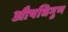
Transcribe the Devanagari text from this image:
औषधिगुण